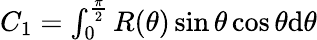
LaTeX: \begin{array}{r}{C_{1}=\int_{0}^{\frac{\pi}{2}}R(\theta)\sin\theta\cos\theta\mathrm{d}\theta}\end{array}